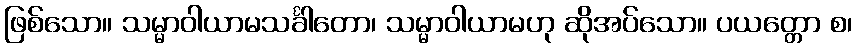
ဖြစ်သော။ သမ္မာဝါယာမသင်္ခါတော၊ သမ္မာဝါယာမဟု ဆိုအပ်သော။ ပယတ္တော စ၊